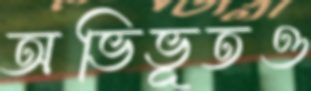
অভিভূতও